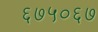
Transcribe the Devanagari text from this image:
६७५०६७